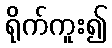
ရိုက်ကူး၍